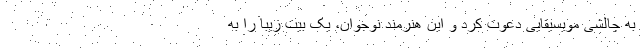
به چالشی مویسیقایی دعوت کرد و این هنرمند نوجوان، یک بیت زیبا را به